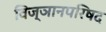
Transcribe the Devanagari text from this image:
विज्ञानपरिषद